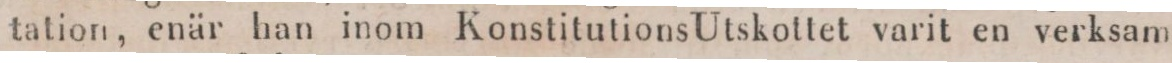
tation, enär han inom Konstitutions Utskottet varit en verksam